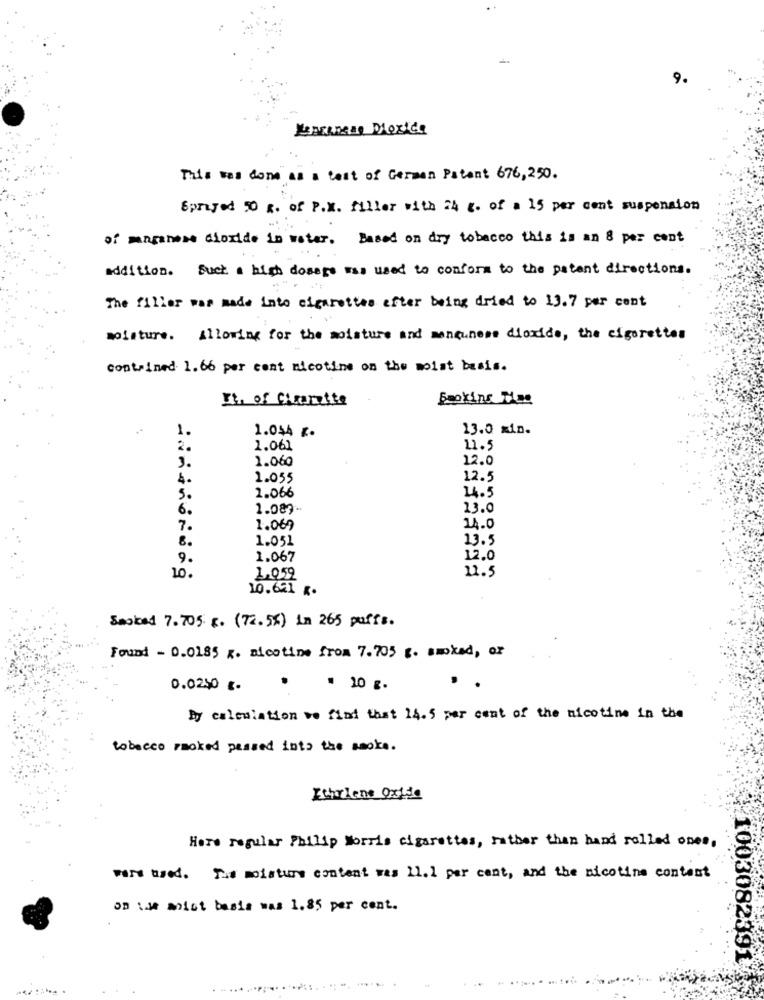
9.
Le PRATAR Dioxide
This was done as a test of German Patent 676,250.
Sprayed 50 x. of P.X. filler with 24 g. of a 15 per cent suspension
of manganese cloride in water. Based on dry tobacco this is an 8 per cent
addition. Such a high dosage was used to conform to the patent directions.
The filler was made into cigarettes efter being dried to 13.7 per cent
moisture. Allowing for the moisture and manguners dioxide, the cigarettes
contained 1.66 per cent nicotine on the moist basis.
It, of Charette
Baokins Tas
1.044 r.
13.0 xin.
2.
1.061
11.5
1.060
12.0
3.
4.
1.055
12.5
5.
2.066
4.5
6.
1.089 -.
13.0
7.
1.069
14.0
8.
1.051
13.5
9.
1.067
12.0
11.5
10.
1.059
10.621 K.
Smoked 7.705. g. (72.5%) in 265 puffs.
Found - 0.0185 x. nicotine from 7.705 g. smoked, or
0.0250 €.
. . 10 g.
..
By calculation we find that 14.5 per cent of the nicotine in the
tobacco racked passed into the smoke.
Ithylene Oxide
Here regular Philip Morris cigarettes, rather than hand rolled ones,
were used. The moisture content was 11.1 per cent, and the nicotine content
OD \we mint basis was 1.85 per cent.
1003082391